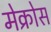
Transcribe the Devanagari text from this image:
मेक्रोस